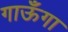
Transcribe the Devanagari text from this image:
गाऊँगा